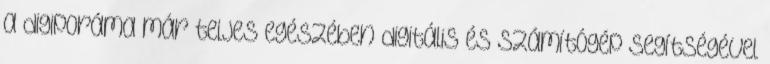
a digiporáma már teljes egészében digitális és számítógép segítségével